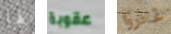
لها عقوبة غادروا